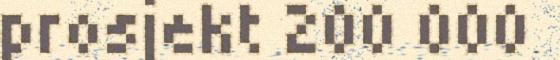
prosjekt 200 000